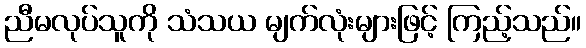
ညီမလုပ်သူကို သံသယ မျက်လုံးများဖြင့် ကြည့်သည်။